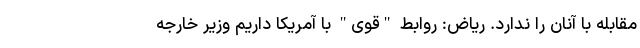
مقابله با آنان را ندارد. ریاض: روابط "قوی" با آمریکا داریم وزیر خارجه